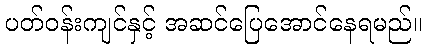
ပတ်ဝန်းကျင်နှင့် အဆင်ပြေအောင်နေရမည်။